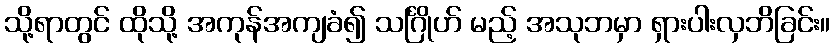
သို့ရာတွင် ထိုသို့ အကုန်အကျခံ၍ သင်္ဂြိုဟ် မည့် အသုဘမှာ ရှားပါးလှဘိခြင်း။